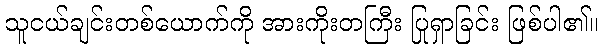
သူငယ်ချင်းတစ်ယောက်ကို အားကိုးတကြီး ပြုရှာခြင်း ဖြစ်ပါ၏။